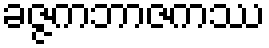
ခဇ္ဇကဘာဇကဿ